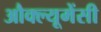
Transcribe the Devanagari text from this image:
औक्ल्यूमेंसी